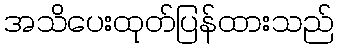
အသိပေးထုတ်ပြန်ထားသည်